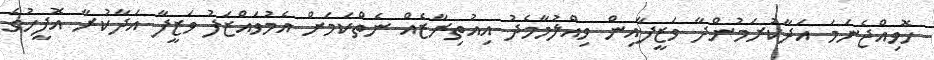
ހޮވިއްޖެނަމަ އަދާކުރަމުންދާ ވަޒީފާއިން ވިއްލުމާމެދު އިއުތިރާޒެއް ނެތްކަމަށް އެމުވައްޒަފު ވަޒީފާ އަދާކުރާ އޮފީހުގެ